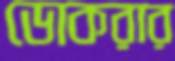
ডোকরার